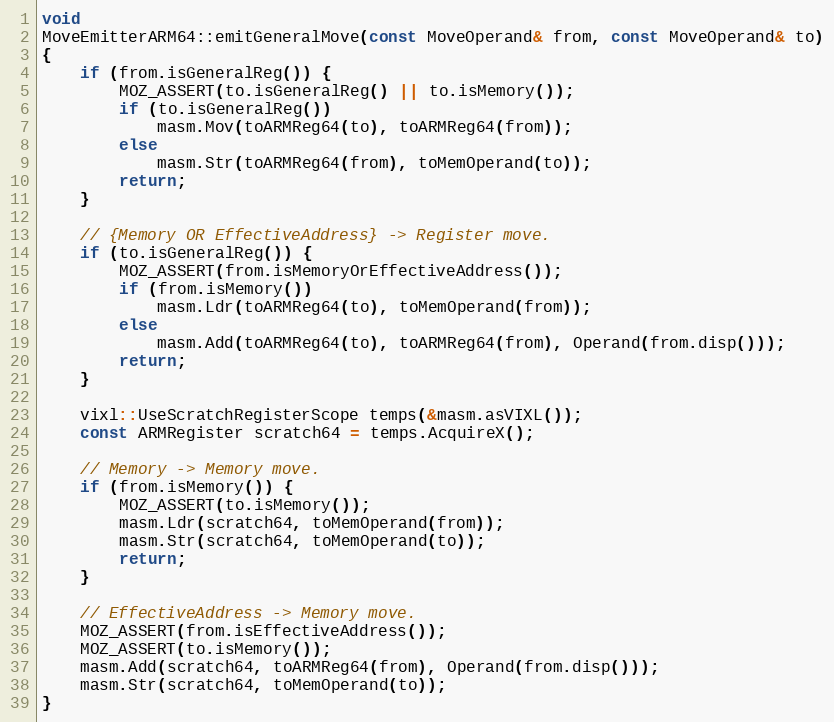
Language: C++
void
MoveEmitterARM64::emitGeneralMove(const MoveOperand& from, const MoveOperand& to)
{
    if (from.isGeneralReg()) {
        MOZ_ASSERT(to.isGeneralReg() || to.isMemory());
        if (to.isGeneralReg())
            masm.Mov(toARMReg64(to), toARMReg64(from));
        else
            masm.Str(toARMReg64(from), toMemOperand(to));
        return;
    }

    // {Memory OR EffectiveAddress} -> Register move.
    if (to.isGeneralReg()) {
        MOZ_ASSERT(from.isMemoryOrEffectiveAddress());
        if (from.isMemory())
            masm.Ldr(toARMReg64(to), toMemOperand(from));
        else
            masm.Add(toARMReg64(to), toARMReg64(from), Operand(from.disp()));
        return;
    }

    vixl::UseScratchRegisterScope temps(&masm.asVIXL());
    const ARMRegister scratch64 = temps.AcquireX();

    // Memory -> Memory move.
    if (from.isMemory()) {
        MOZ_ASSERT(to.isMemory());
        masm.Ldr(scratch64, toMemOperand(from));
        masm.Str(scratch64, toMemOperand(to));
        return;
    }

    // EffectiveAddress -> Memory move.
    MOZ_ASSERT(from.isEffectiveAddress());
    MOZ_ASSERT(to.isMemory());
    masm.Add(scratch64, toARMReg64(from), Operand(from.disp()));
    masm.Str(scratch64, toMemOperand(to));
}